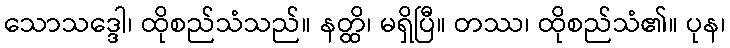
သောသဒ္ဒေါ၊ ထိုစည်သံသည်။ နတ္ထိ၊ မရှိပြီ။ တဿ၊ ထိုစည်သံ၏။ ပုန၊